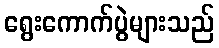
ရွေးကောက်ပွဲများသည်